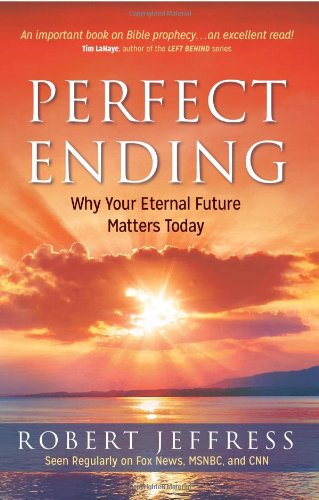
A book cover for Perfect Ending: Why Your Eternal Future Matters Today; Robert Jeffress; Christian Books & Bibles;